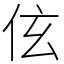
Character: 伭